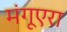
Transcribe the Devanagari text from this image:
मंगूएरा